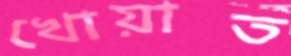
খোয়াত